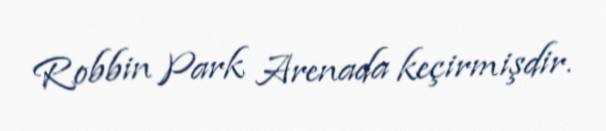
Robbin Park Arenada keçirmişdir.